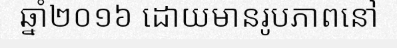
ឆ្នាំ២០១៦ ដោយមានរូបភាពនៅ